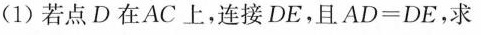
(1)若点D在AC上，连接DE，且$$A D = D E$$，求